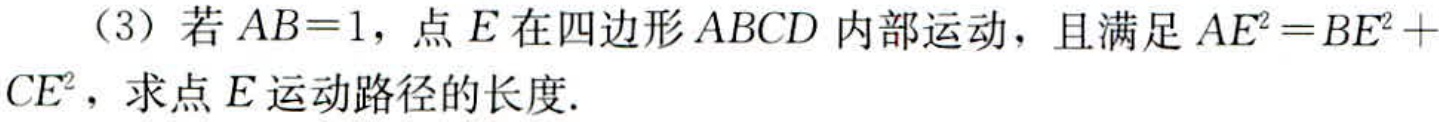
（3）若\(AB = 1\)，点\(E\)在四边形\(ABCD\)内部运动，且满足\(AE^{2}=BE^{2}+CE^{2}\)，求点\(E\)运动路径的长度.